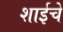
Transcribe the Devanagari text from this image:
शाईचे